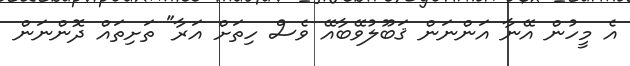
އެ މީހުން އޭނާ އަންނަން ޤަބޫލުވޭބާއޭ ވެސް ހިތަށް އަރާ" ތަށިތައް ދޮންނަން